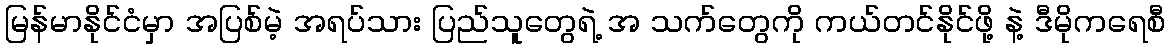
မြန်မာနိုင်ငံမှာ အပြစ်မဲ့ အရပ်သား ပြည်သူတွေရဲ့ အ သက်တွေကို ကယ်တင်နိုင်ဖို့ နဲ့ ဒီမိုကရေစီ